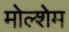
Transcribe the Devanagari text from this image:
मोल्शेम